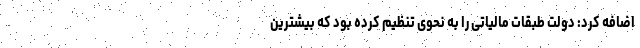
اضافه کرد: دولت طبقات مالیاتی را به نحوی تنظیم کرده بود که بیشترین